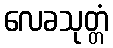
လေခသုတ္တံ